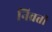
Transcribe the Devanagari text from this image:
निव्रत्ती